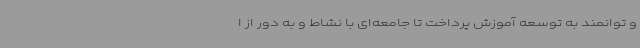
و توانمند به توسعه آموزش پرداخت تا جامعه‌ای با نشاط و به دور از ا